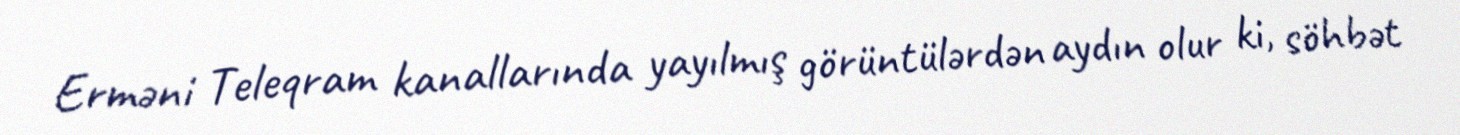
Erməni Teleqram kanallarında yayılmış görüntülərdən aydın olur ki, söhbət